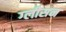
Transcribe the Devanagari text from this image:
ग्‍लीसन